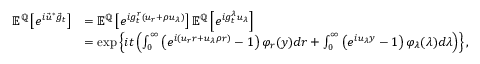
\begin{array} { r l } { { \mathbb E } ^ { { \mathbb Q } } \left[ e ^ { i \vec { u } ^ { * } \vec { g } _ { t } } \right] } & { = { \mathbb E } ^ { { \mathbb Q } } \left[ e ^ { i g _ { t } ^ { r } ( u _ { r } + \rho u _ { \lambda } ) } \right] { \mathbb E } ^ { { \mathbb Q } } \left[ e ^ { i g _ { t } ^ { \lambda } u _ { \lambda } } \right] } \\ & { = \exp \left\lbrace i t \left( \int _ { 0 } ^ { \infty } \left( e ^ { i ( u _ { r } r + u _ { \lambda } \rho r ) } - 1 \right) \varphi _ { r } ( y ) d r + \int _ { 0 } ^ { \infty } \left( e ^ { i u _ { \lambda } y } - 1 \right) \varphi _ { \lambda } ( \lambda ) d \lambda \right) \right\rbrace , } \end{array}